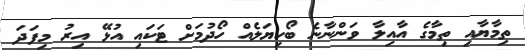
ތިމާޔާއި ތިމާގެ އާއިލާ ވަންނާނެ ބޯހިޔަލެއް ހޯދުމަށް ޓަކައި އުޅޭ އިރު މިފަދަ